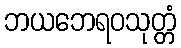
ဘယဘေရဝသုတ္တံ